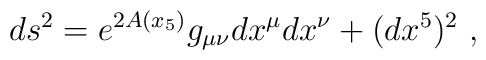
ds^2=e^{2A(x_5)}g_{\mu\nu}dx^\mu dx^\nu+(dx^5)^2~,